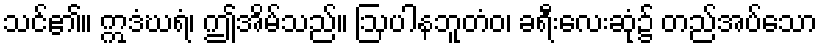
သင်၏။ ဣဒံဃရံ၊ ဤအိမ်သည်။ ဩပါနဘူတံဝ၊ ခရီးလေးဆုံ၌ တည်အပ်သော